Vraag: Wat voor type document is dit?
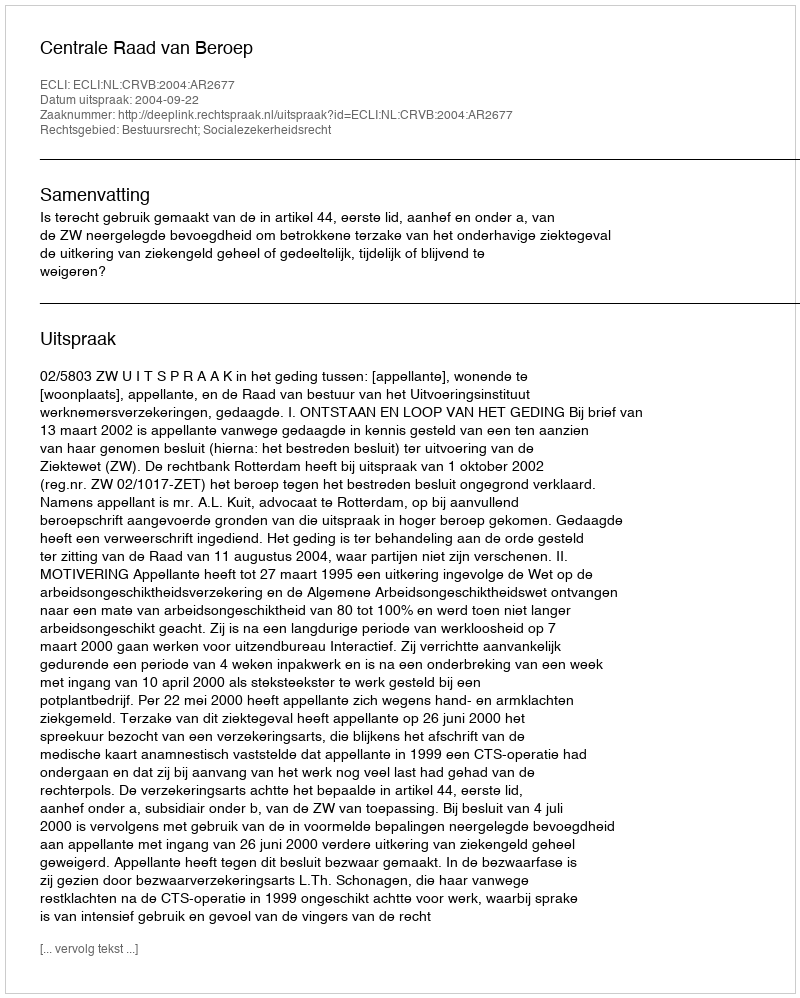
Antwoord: Uitspraak